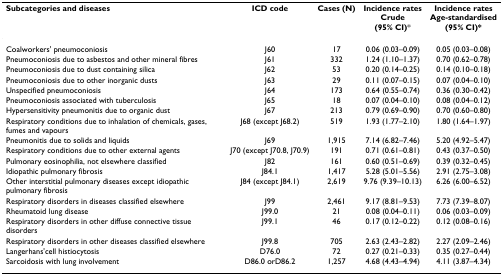
<table><thead><tr><td><b>Subcategories and diseases</b></td><td><b>ICD code</b></td><td><b>Cases (N)</b></td><td><b>Incidence ratesCrude(95% CI)*</b></td><td><b>Incidence ratesAge-standardised(95% CI)*</b></td></tr></thead><tbody><tr><td>Coalworkers&#x27; pneumoconiosis</td><td>J60</td><td>17</td><td>0.06 (0.03–0.09)</td><td>0.05 (0.03–0.08)</td></tr><tr><td>Pneumoconiosis due to asbestos and other mineral fibres</td><td>J61</td><td>332</td><td>1.24 (1.10–1.37)</td><td>0.70 (0.62–0.78)</td></tr><tr><td>Pneumoconiosis due to dust containing silica</td><td>J62</td><td>53</td><td>0.20 (0.14–0.25)</td><td>0.14 (0.10–0.18)</td></tr><tr><td>Pneumoconiosis due to other inorganic dusts</td><td>J63</td><td>29</td><td>0.11 (0.07–0.15)</td><td>0.07 (0.04–0.10)</td></tr><tr><td>Unspecified pneumoconiosis</td><td>J64</td><td>173</td><td>0.64 (0.55–0.74)</td><td>0.36 (0.30–0.42)</td></tr><tr><td>Pneumoconiosis associated with tuberculosis</td><td>J65</td><td>18</td><td>0.07 (0.04–0.10)</td><td>0.08 (0.04–0.12)</td></tr><tr><td>Hypersensitivity pneumonitis due to organic dust</td><td>J67</td><td>213</td><td>0.79 (0.69–0.90)</td><td>0.70 (0.60–0.80)</td></tr><tr><td>Respiratory conditions due to inhalation of chemicals, gases, fumes and vapours</td><td>J68 (except J68.2)</td><td>519</td><td>1.93 (1.77–2.10)</td><td>1.80 (1.64–1.97)</td></tr><tr><td>Pneumonitis due to solids and liquids</td><td>J69</td><td>1,915</td><td>7.14 (6.82–7.46)</td><td>5.20 (4.92–5.47)</td></tr><tr><td>Respiratory conditions due to other external agents</td><td>J70 (except J70.8, J70.9)</td><td>191</td><td>0.71 (0.61–0.81)</td><td>0.43 (0.37–0.50)</td></tr><tr><td>Pulmonary eosinophilia, not elsewhere classified</td><td>J82</td><td>161</td><td>0.60 (0.51–0.69)</td><td>0.39 (0.32–0.45)</td></tr><tr><td>Idiopathic pulmonary fibrosis</td><td>J84.1</td><td>1,417</td><td>5.28 (5.01–5.56)</td><td>2.91 (2.75–3.08)</td></tr><tr><td>Other interstitial pulmonary diseases except idiopathic pulmonary fibrosis</td><td>J84 (except J84.1)</td><td>2,619</td><td>9.76 (9.39–10.13)</td><td>6.26 (6.00–6.52)</td></tr><tr><td>Respiratory disorders in diseases classified elsewhere</td><td>J99</td><td>2,461</td><td>9.17 (8.81–9.53)</td><td>7.73 (7.39–8.07)</td></tr><tr><td>Rheumatoid lung disease</td><td>J99.0</td><td>21</td><td>0.08 (0.04–0.11)</td><td>0.06 (0.03–0.09)</td></tr><tr><td>Respiratory disorders in other diffuse connective tissue disorders</td><td>J99.1</td><td>46</td><td>0.17 (0.12–0.22)</td><td>0.12 (0.08–0.16)</td></tr><tr><td>Respiratory disorders in other diseases classified elsewhere</td><td>J99.8</td><td>705</td><td>2.63 (2.43–2.82)</td><td>2.27 (2.09–2.46)</td></tr><tr><td>Langerhans&#x27;cell histiocytosis</td><td>D76.0</td><td>72</td><td>0.27 (0.21–0.33)</td><td>0.35 (0.27–0.44)</td></tr><tr><td>Sarcoidosis with lung involvement</td><td>D86.0 orD86.2</td><td>1,257</td><td>4.68 (4.43–4.94)</td><td>4.11 (3.87–4.34)</td></tr></tbody></table>